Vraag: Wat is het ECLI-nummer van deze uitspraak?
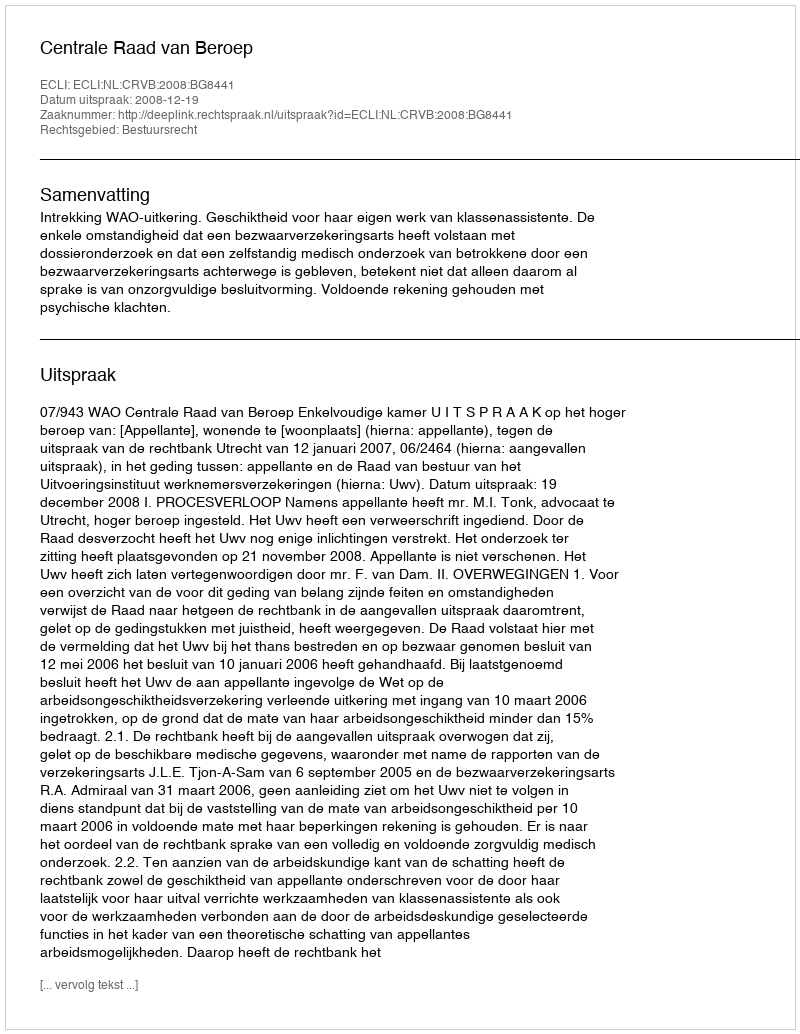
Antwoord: ECLI:NL:CRVB:2008:BG8441